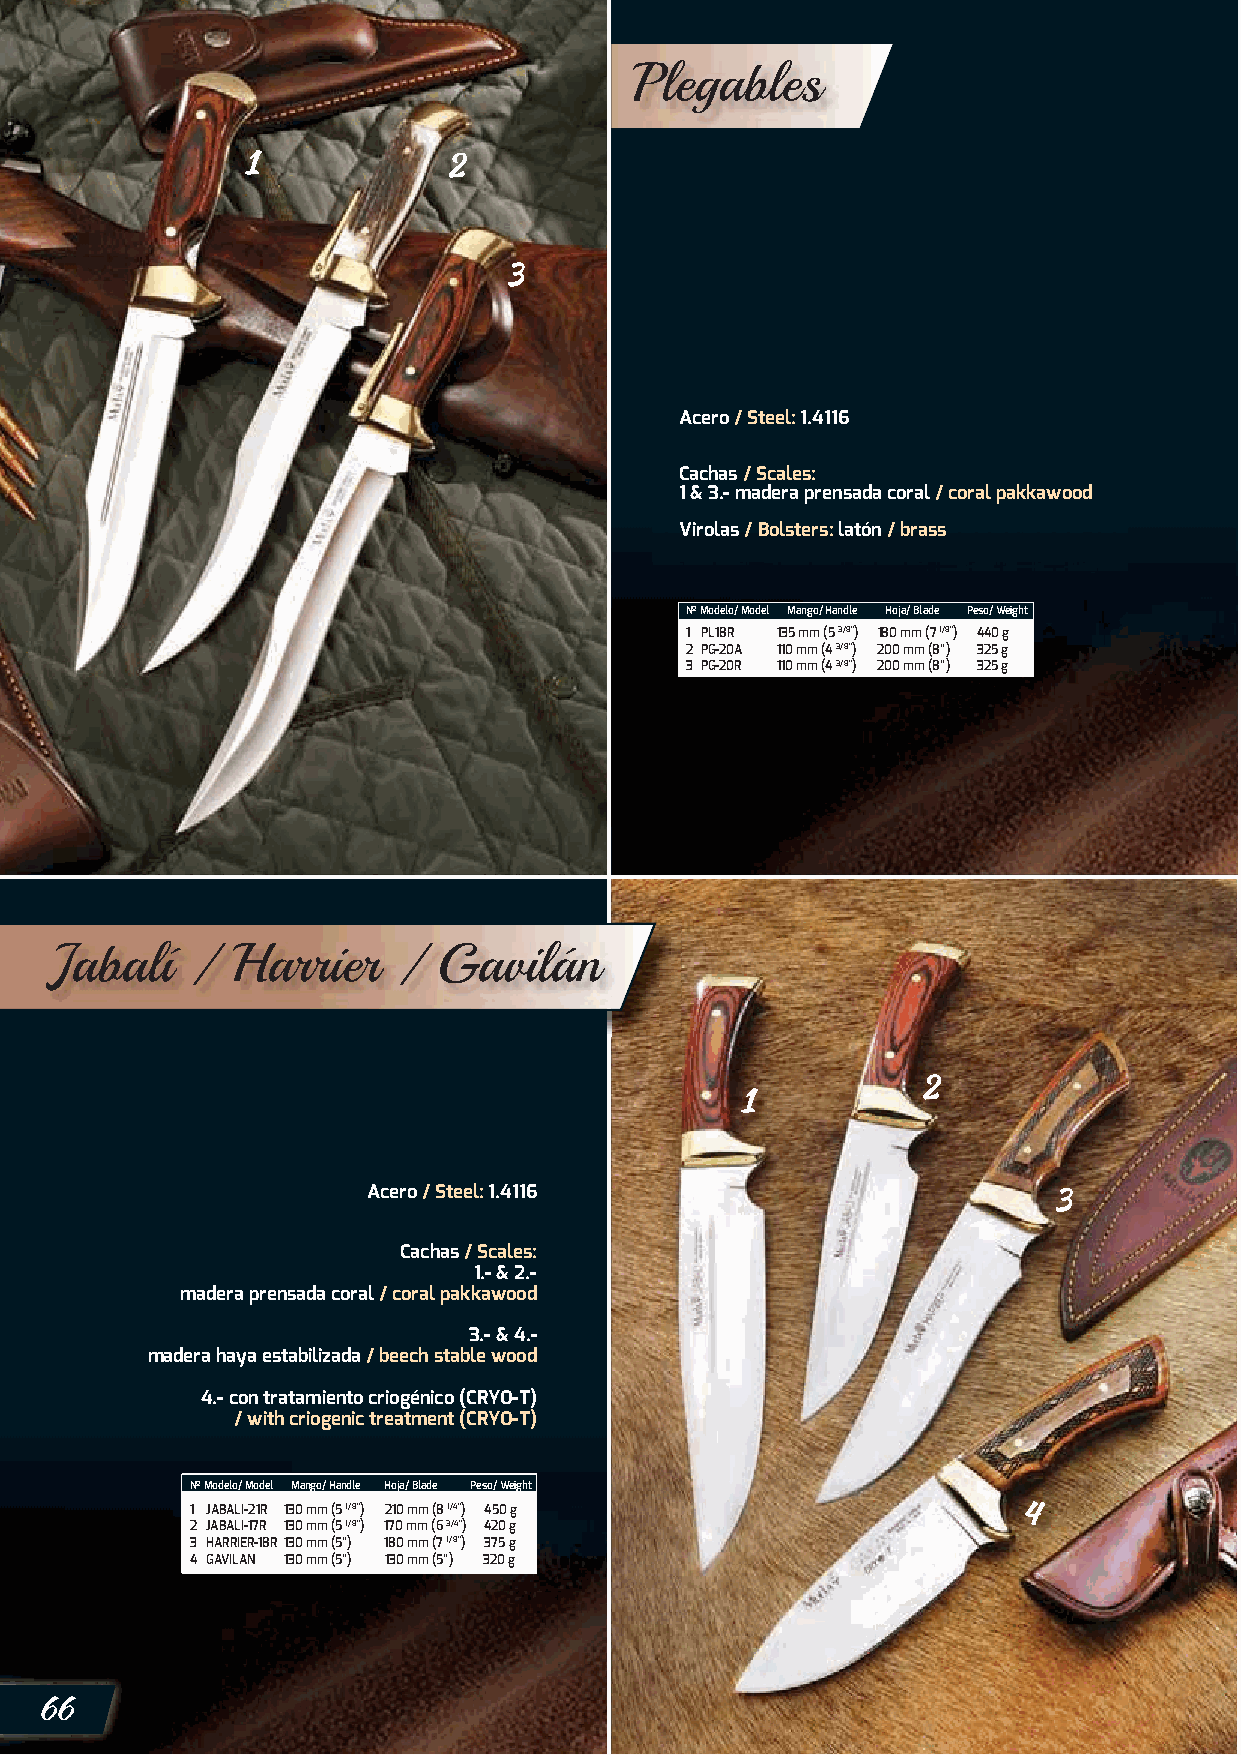
Plegables
 Acero / Steel: 1.4116
 Cachas / Scales:
 1 & 3.- madera prensada coral / coral pakkawood
 Virolas / Bolsters: latón / brass
 Nº Modelo/ Model Mango/ Handle Hoja/ Blade Peso/ Weight
 1 PL18R 135 mm (5 3/8”) 1 80 mm (7 1/8”) 440 g
 2 PG-20A 110 mm (4 3/8”) 200 mm (8”) 325 g
 3 PG-20R 110 mm (4 3/8”) 200 mm (8”) 325 g
 Jabalí    / Harrier    /  Gavilán
 Acero / Steel: 1.4116
 Cachas / Scales:
 1.- & 2.-
 madera prensada coral / coral pakkawood
 3.- & 4.-
 madera haya estabilizada / beech stable wood
 4.- con tratamiento criogénico (CRYO-T)
 / with criogenic treatment (CRYO-T)
 Nº Modelo/ Model Mango/ Handle Hoja/ Blade Peso/ Weight
 1 JABALI-21R 130 mm (5 1/8”) 210 mm (8 1/4”) 450 g
 2 JABALI-17R 130 mm (5 1/8”) 170 mm (6 3/4”) 420 g
 3 HARRIER-18R 130 mm (5”) 180 mm (7 1/8”) 375 g
 4 GAVILAN 130 mm (5”) 130 mm (5”) 320 g
 66